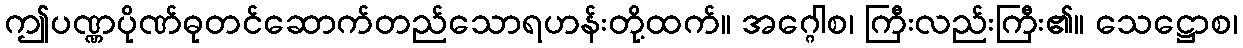
ဤပဏ္ဏပိုဏ်ဓုတင်ဆောက်တည်သောရဟန်းတို့ထက်။ အဂ္ဂေါစ၊ ကြီးလည်းကြီး၏။ သေဋ္ဌောစ၊